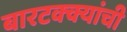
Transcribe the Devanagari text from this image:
बारटक्क्यांची